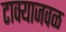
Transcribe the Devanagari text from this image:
टाक्याजवळ